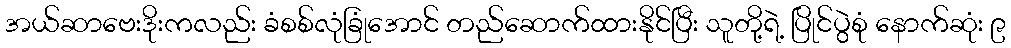
အယ်ဆာဗေးဒိုးကလည်း ခံစစ်လုံခြုံအောင် တည်ဆောက်ထားနိုင်ပြီး သူတို့ရဲ့ ပြိုင်ပွဲစုံ နောက်ဆုံး ၉